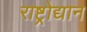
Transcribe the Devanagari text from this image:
राष्ट्रोद्यान